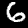
Label: 6